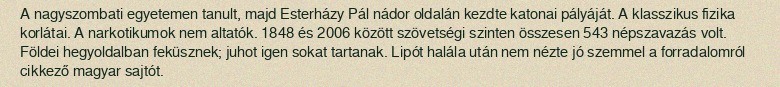
A nagyszombati egyetemen tanult, majd Esterházy Pál nádor oldalán kezdte katonai pályáját. A klasszikus fizika korlátai. A narkotikumok nem altatók. 1848 és 2006 között szövetségi szinten összesen 543 népszavazás volt. Földei hegyoldalban feküsznek; juhot igen sokat tartanak. Lipót halála után nem nézte jó szemmel a forradalomról cikkező magyar sajtót.